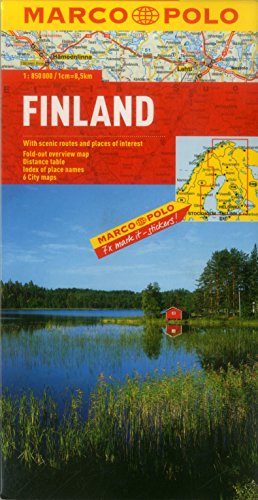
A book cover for Finland Marco Polo Map (Marco Polo Maps); Marco Polo Travel; Travel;